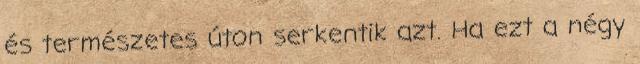
és természetes úton serkentik azt. Ha ezt a négy